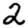
Digit: 2